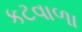
કટવાળા